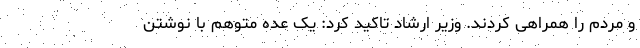
و مردم را همراهی کردند. وزیر ارشاد تاکید کرد: یک عده متوهم با نوشتن